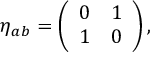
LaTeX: \eta _ { a b } = \left( \begin{array} { c c } { { 0 } } & { { 1 } } \\ { { 1 } } & { { 0 } } \end{array} \right) ,